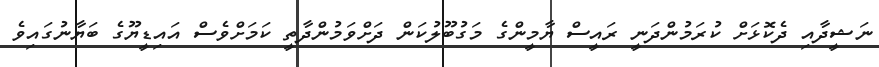
ނަޝީދާއި ދެކޮޅަށް ކުރަމުންދަނީ ރައީސް ޔާމީންގެ މަގުބޫލުކަން ދަށްވަމުންދާތީ ކަމަށްވެސް އައިޑީޔޫގެ ބަޔާނުގައިވެ